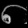
Digit: ၈